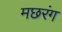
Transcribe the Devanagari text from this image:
मछरंग